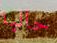
حاليا